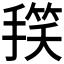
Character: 𭡻